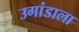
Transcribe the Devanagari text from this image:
उगांडाला